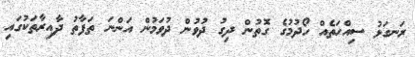
ރަނގަޅު ސިއްހަތެއް ހޯދުމުގެ ގޮތުން ދިގު ދުވުން ދުވަމުން އަންނަ ތަފާތު ދާއިރާތަކުގައި